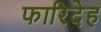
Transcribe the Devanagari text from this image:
फारिदेह